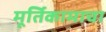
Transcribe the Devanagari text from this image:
मूर्तिकामाचा